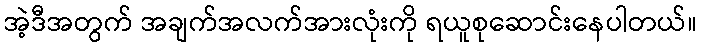
အဲ့ဒီအတွက် အချက်အလက်အားလုံးကို ရယူစုဆောင်းနေပါတယ်။